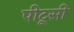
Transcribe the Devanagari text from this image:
पीटूसी